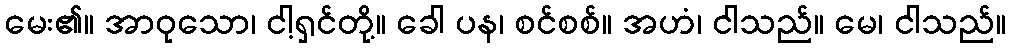
မေး၏။ အာဝုသော၊ ငါ့ရှင်တို့။ ခေါ ပန၊ စင်စစ်။ အဟံ၊ ငါသည်။ မေ၊ ငါသည်။